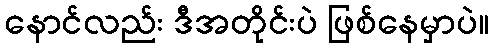
နောင်လည်း ဒီအတိုင်းပဲ ဖြစ်နေမှာပဲ။